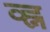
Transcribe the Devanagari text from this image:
व्ह्न